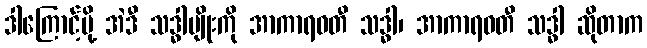
ဒါကြောင့်မို့ အဲဒီ သဒ္ဓါမျိုးကို အာကာရဝတီ သဒ္ဓါ၊ အာကာရဝတီ သဒ္ဓါ ဆိုတာက